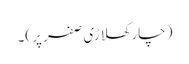
(چار کھلاڑی صفر پر)۔